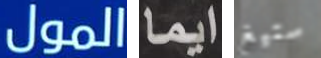
المول ايما ستيغ